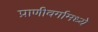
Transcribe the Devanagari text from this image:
प्राणीवर्गामध्ये